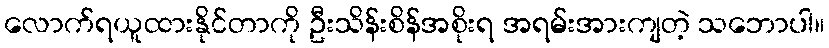
လောက်ရယူထားနိုင်တာကို ဦးသိန်းစိန်အစိုးရ အရမ်းအားကျတဲ့ သဘောပါ။